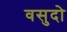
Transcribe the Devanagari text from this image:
वसुदो